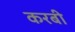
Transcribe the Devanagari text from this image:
करबी